Punjab Mental Hospital Lahore 1922-31 - 1922-1931
Year: 1922
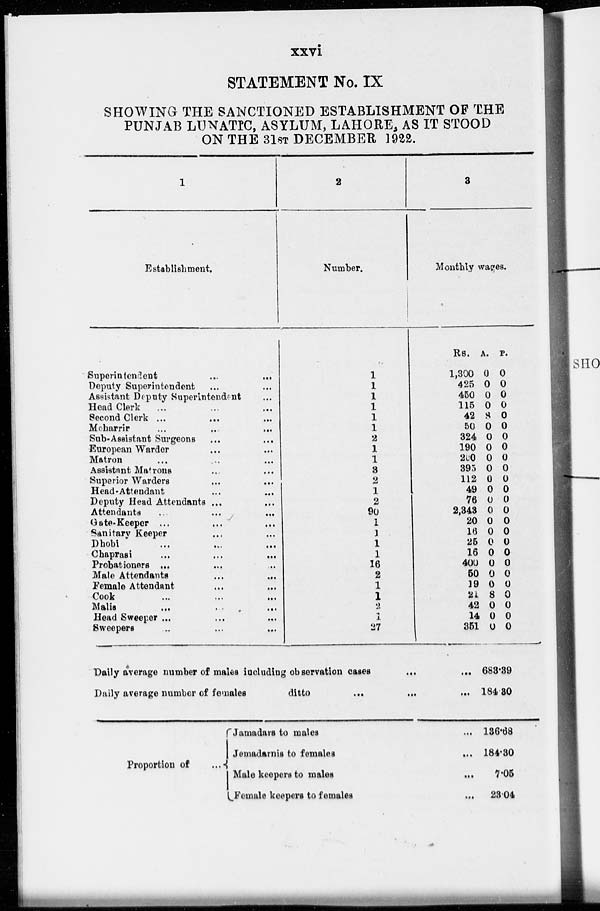
xxvi
STATEMENT No. IX
SHOWING THE SANCTIONED ESTABLISHMENT OF THE
PUNJAB LUNATIC, ASYLUM, LAHORE, AS IT STOOD
ON THE 31ST DECEMBER 1922.
1
Establishment.
Superintendent
...
...
Deputy Superintendent ... ...
Assistant Deputy Superintendent ...
Head Clerk ... ... ...
Second Clerk ... ... ...
Moharrir ... ... ...
Sub-Assistant Surgeons ...
...
European Warder ... ...
Matron ... ... ...
Assistant Matrons ... ...
Superior Warders ... ...
Head-Attendant ... ...
Deputy Head Attendants ... ...
Attendants ... ... ...
Gate-Keeper ... ... ...
Sanitary Keeper ... ...
Dhobi
...
...
...
Chaprasi ... ... ...
Probationers ... ... ...
Male Attendants
...
„.
Female Attendant
...
...
Cook
...
...
...
Malis
...
...
...
Head Sweeper ... ... ...
Sweepers ... ... ...
2
Number.
1
1
1
1
1
1
2
1
1
3
2
1
2
90
1
1
1
1
16
2
1
1
2
1
27
3
Monthly wages.
Rs.
1,300
425
450
115
42
50
324
190
200
395
112
49
76
2,343
20
16
25
16
400
50
19
21
42
14
351
Daily average number of males including observation
cases
...
...
Daily average number of females
ditto
...
...
...
A.
0
0
0
0
8
0
0
0
0
0
0
0
0
0
0
0
0
0
0
0
0
8
0
0
0
P.
0
0
0
0
0
0
0
0
0
0
0
0
0
0
0
0
0
0
0
0
0
0
0
0
0
683.39
184.30
Proportion of ...
Jamadars to males
...
Jemadarnis to females
...
Male keepers to males
...
Female keepers to females
...
136.68
184.30
7.05
23.04